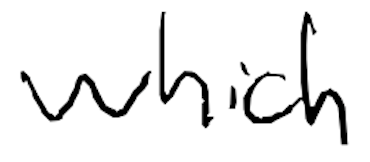
Text: which
Cross-out: clean
Writing tool: digital_black